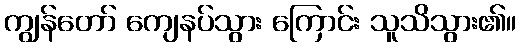
ကျွန်တော် ကျေနပ်သွား ကြောင်း သူသိသွား၏။